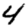
Digit: 4